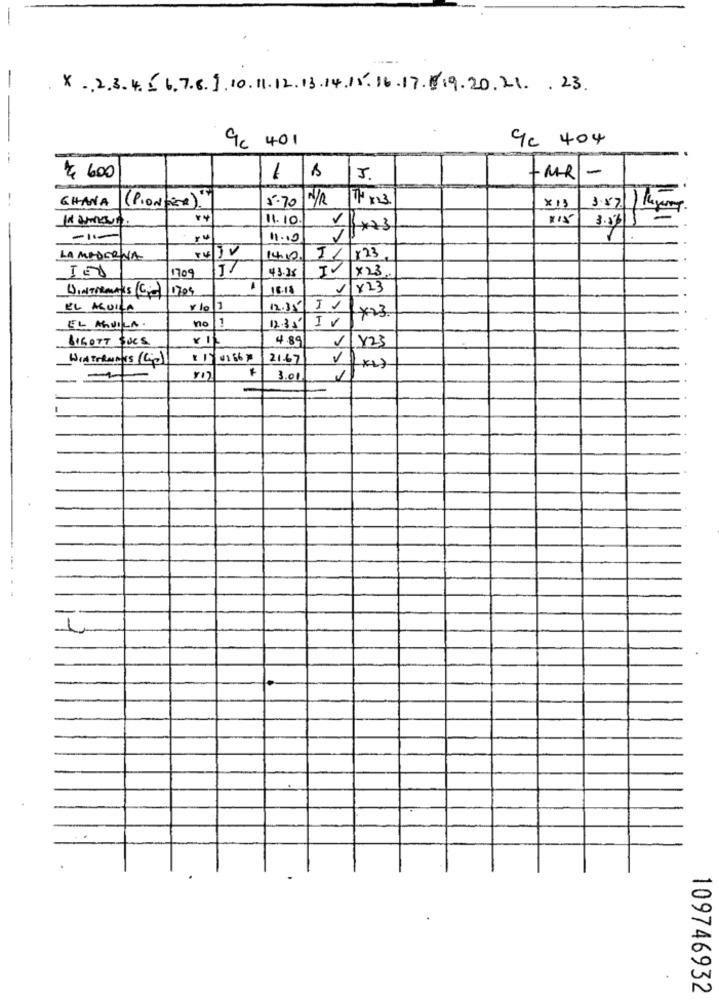
-
-
X- 23456,76 ].10.11.12.13.14.15. 16.17.8.9.20.21 . 23.
9c 404
9c 401
$ 600
1B3.
-MR-
GHANA
N/R TH 823
(PIONEER).
5.70
X13
11.10
11.00
LA MADERNA
14.10
1/ x23
1709
43.28
IV
x23
DINTreams (Cio) |1709
16.18
1 x 23
EL AQUILA
12.35/10
no
1
IV
*23
EL AQUILA.
12.35
BIGOTT SUCS
4.89
Y23
Wiatrhumus (Cip)
-
41 66
21.67
V
k
3.01
109746932